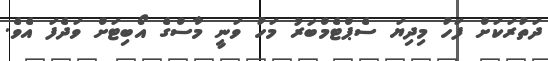
ދަތުރަކަށް ފަހު މިދިޔަ ސެޕްޓެމްބަރު މަހު ވަނީ މާސްގެ އޯބިޓަށް ވަދެފަ އެވެ.